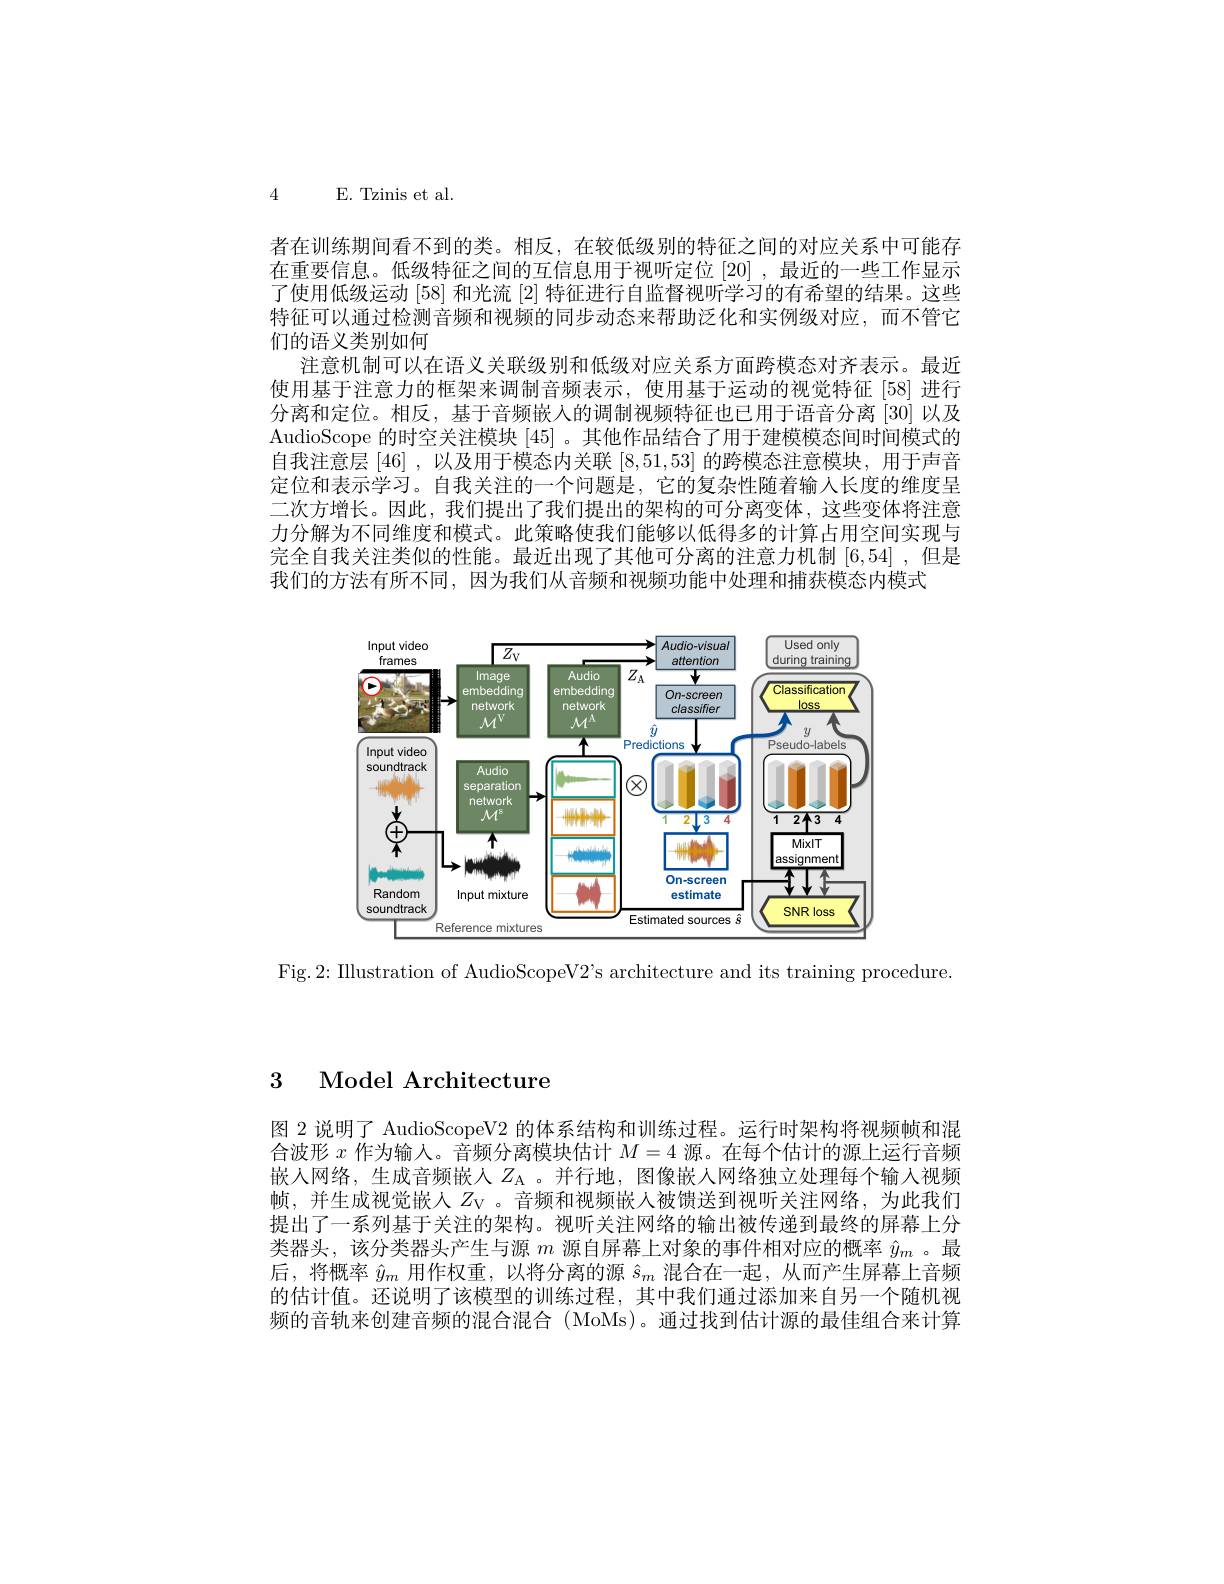
4 E. Tzinis et al.

者在训练期间看不到的类。相反，在较低级别的特征之间的对应关系中可能存在重要信息。低级特征之间的互信息用于视听定位[20] ,最近的一些工作显示了使用低级运动[58]和光流[2]特征进行自监督视听学习的有希望的结果。这些特征可以通过检测音频和视频的同步动态来帮助泛化和实例级对应，而不管它们的语义类别如何
注意机制可以在语义关联级别和低级对应关系方面跨模态对齐表示。最近使用基于注意力的框架来调制音频表示，使用基于运动的视觉特征 [58]进行分离和定位。相反，基于音频嵌入的调制视频特征也已用于语音分离 [30] 以及AudioScope 的时空关注模块[45] 。其他作品结合了用于建模模态间时间模式的自我注意层[46] ,以及用于模态内关联[8,51,53]的跨模态注意模块，用于声音定位和表示学习。自我关注的一个问题是，它的复杂性随着输人长度的维度呈二次方增长。因此，我们提出了我们提出的架构的可分离变体，这些变体将注意力分解为不同维度和模式。此策略使我们能够以低得多的计算占用空间实现与完全自我关注类似的性能。最近出现了其他可分离的注意力机制[6,54] ,但是我们的方法有所不同，因为我们从音频和视频功能中处理和捕获模态内模式

<FigureHere>

Fig.2: Illustration of AudioScopeV2's architecture and its training procedure

3 Model Architecture

图 2 说明了 AudioScopeV2 的体系结构和训练过程。运行时架构将视频帧和混合波形$x$作为输人。音频分离模块估计$M=4$源。在每个估计的源上运行音频嵌人网络，生成音频嵌人$Z_{\mathrm{A}}$ 。并行地，图像嵌入网络独立处理每个输入视频帧，并生成视觉嵌人$Z_\mathrm{V}$ 。音频和视频嵌人被馈送到视听关注网络，为此我们提出了一系列基于关注的架构。视听关注网络的输出被传递到最终的屏幕上分类器头，该分类器头产生与源$m$源自屏幕上对象的事件相对应的概率$\hat{y}_m$ 。最后，将概率$\hat{y}_m$用作权重，以将分离的源$\hat{s}_m$混合在一起，从而产生屏幕上音频的估计值。还说明了该模型的训练过程，其中我们通过添加来自另一个随机视频的音轨来创建音频的混合混合 (MoMs)。通过找到估计源的最佳组合来计算